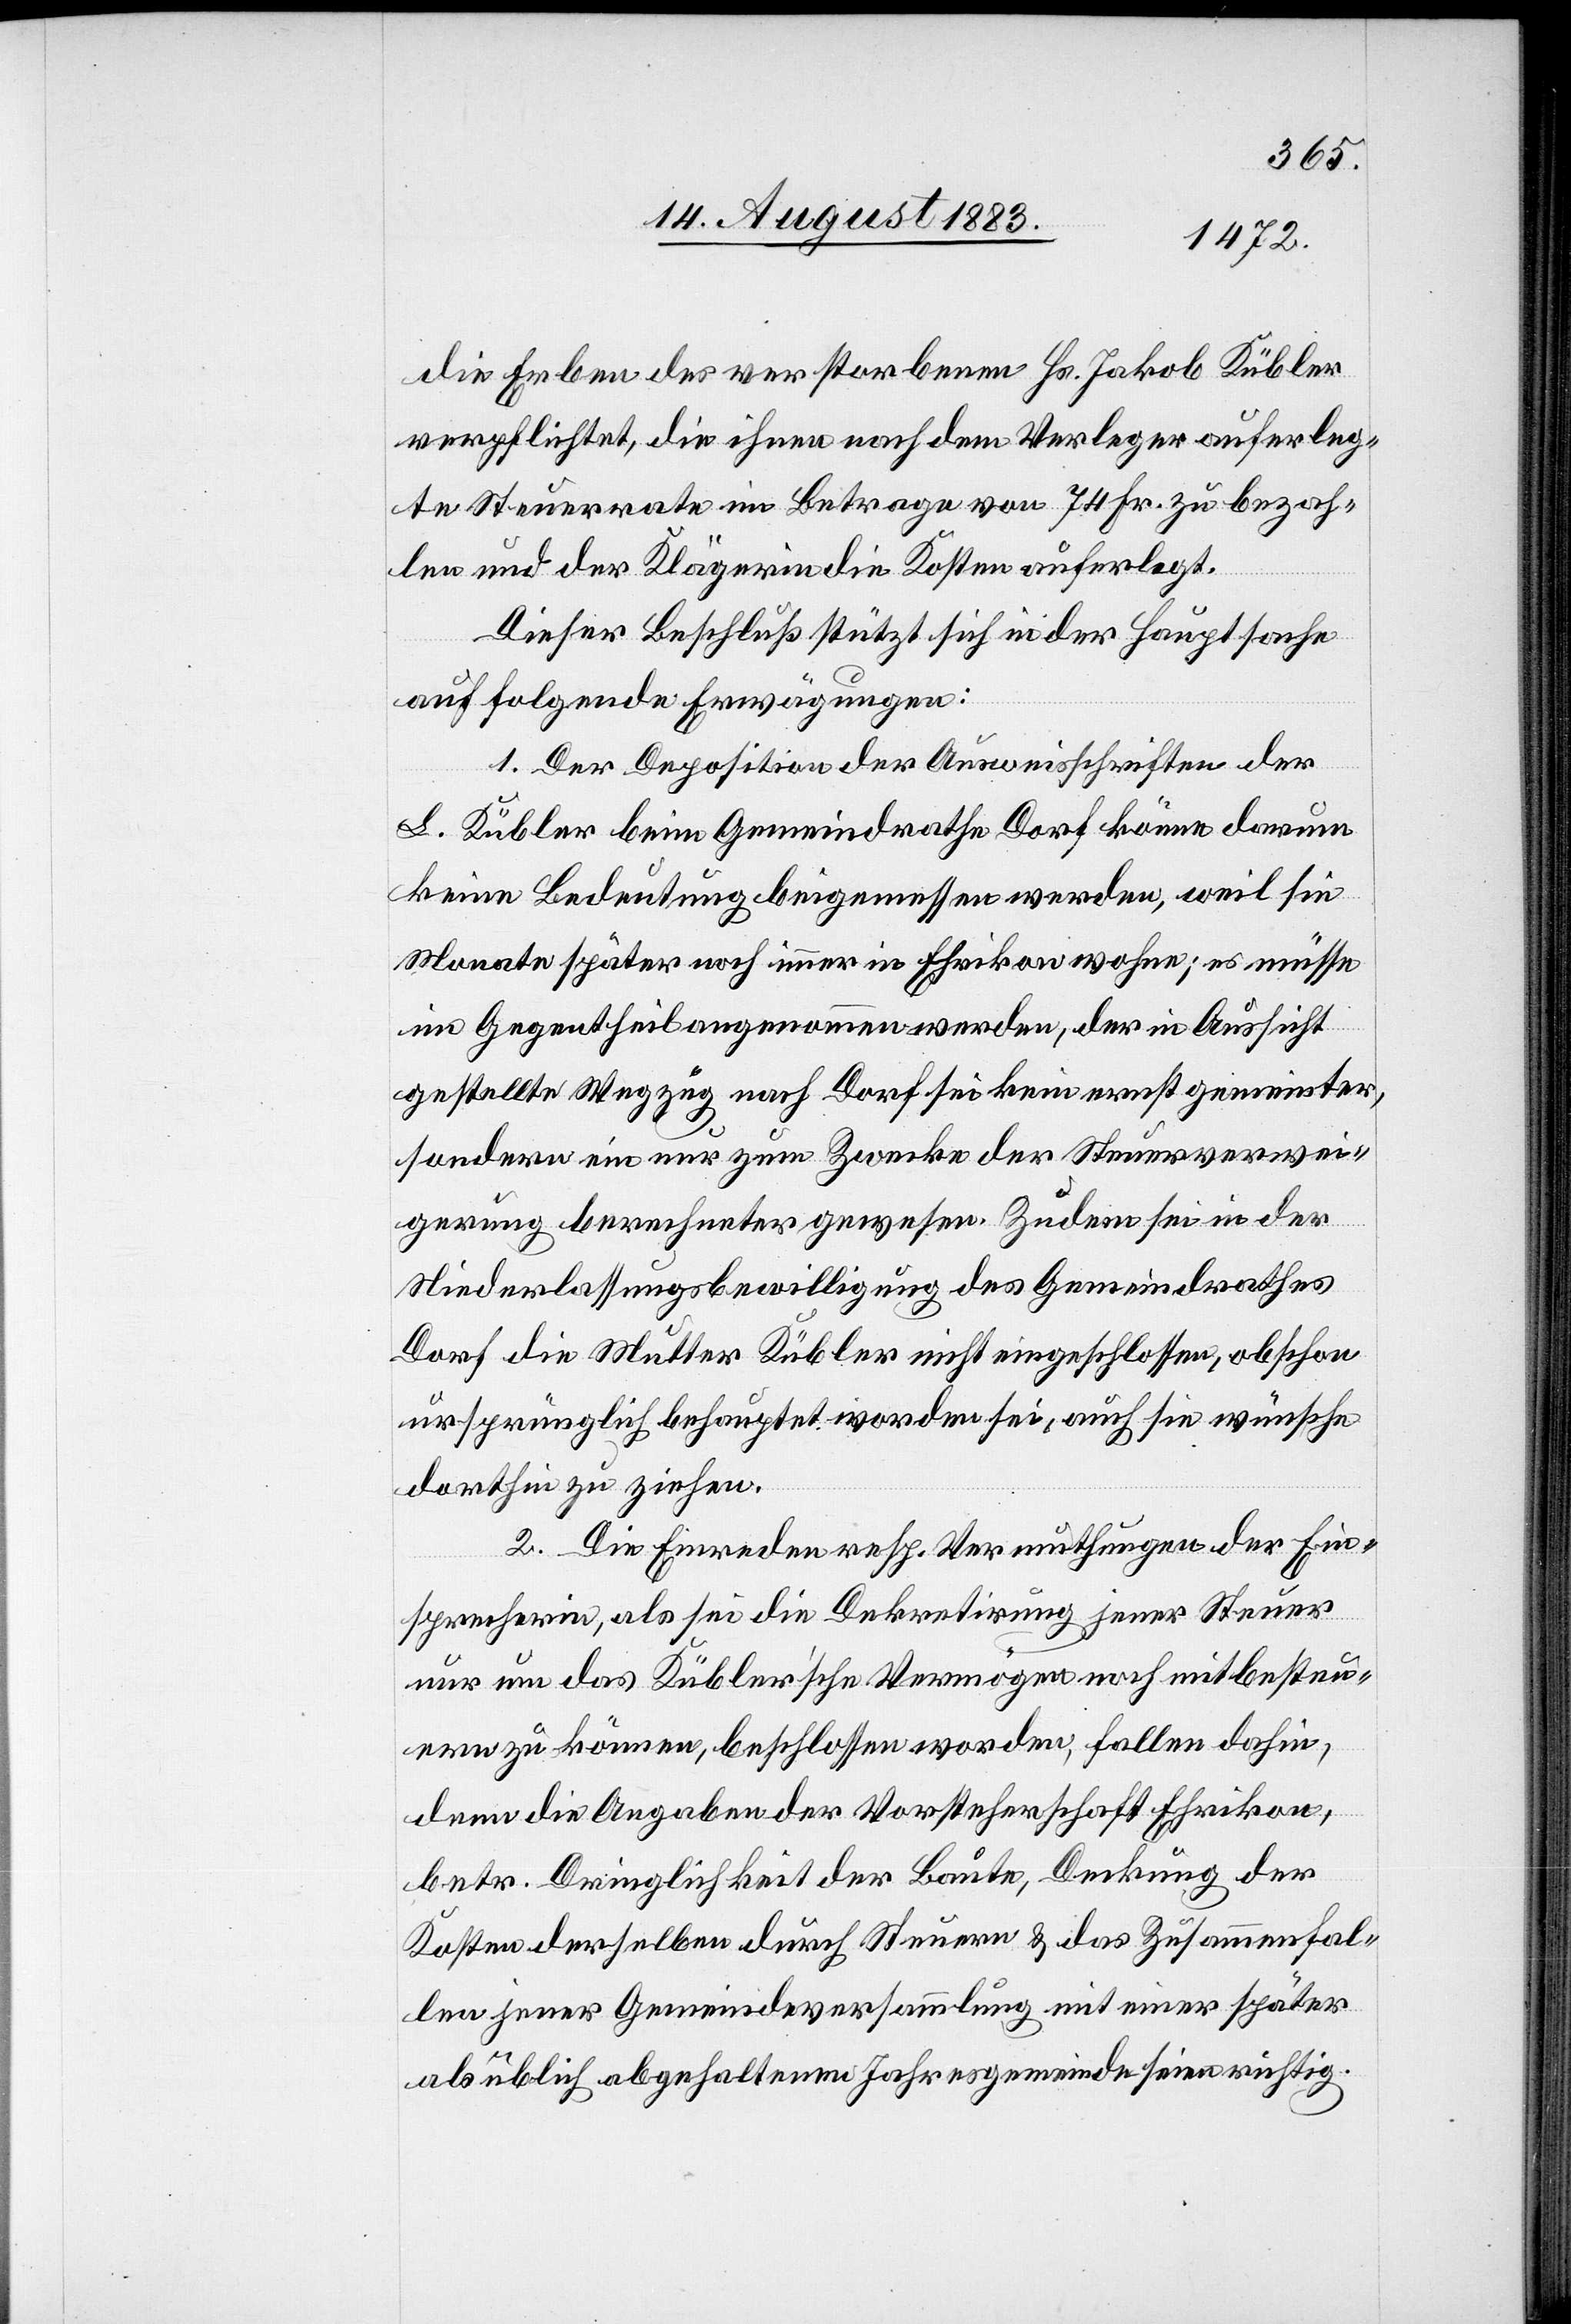
die Erben des verstorbenen Hs. Jakob Kübler
verpflichtet, die ihnen nach dem Verleger auferleg¬
te Steuerrate im Betrage von 74 Fr. zu bezah¬
len und der Klägerin die Kosten auferlegt.
Dieser Beschluß stützt sich in der Hauptsache
auf folgende Erwägungen:
1. Der Deposition der Ausweisschriften der
L. Kübler beim Gemeindrathe Dorf könne darum
keine Bedeutung beigemessen werden, weil sie
Monate später noch immer in Ehrikon wohne; es müsse
im Gegentheil angenommen werden, der in Aussicht
gestellte Wegzug nach Dorf sei kein ernst gemeinter,
sondern nur zum Zwecke der Steuerverwei¬
gerung berechneter gewesen. Zudem sei in der
Niederlassungsbewilligung des Gemeindrathes
Dorf die Mutter Kübler nicht eingeschlossen, obschon
ursprünglich behauptet worden sei, auch sie wünsche
dorthin zu ziehen.
2. Die Einreden resp. Vermuthungen der Ein¬
sprecherin, als sei die Dekretirung jener Steuer
nur um des Kübler’schen Vermögen noch mitbesteu¬
ern zu können, beschlossen worden, fallen dahin,
denn die Angaben der Vorsteherschaft Ehrikon,
betr. Dringlichkeit der Baute, Deckung der
Kosten derselben durch Steuern & das Zusammenfal¬
len jener Gemeindeversammlung mit einer später
als üblich abgehalten Jahresgemeinde seien richtig.